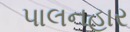
પાલનહાર